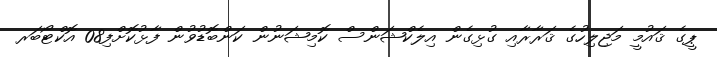
ޕީގެ ޤައުމީ މަޖިލިހުގެ ޤަރާރާއި ގުޅިގެން އިލެކްޝަންސް ކޮމިޝަނުން ކަންބޮޑުވުން ފާޅުކޮށްފި08 އޮކްޓޯބަރ